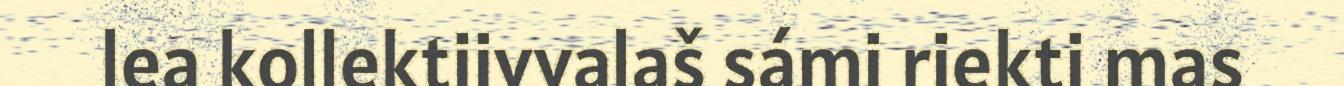
lea kollektiivvalaš sámi riekti mas